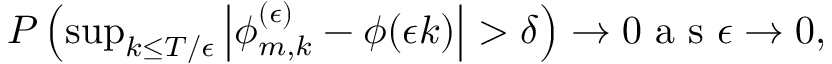
\begin{array} { r } { P \left( \operatorname* { s u p } _ { k \le T / \epsilon } \left| \phi _ { m , k } ^ { ( \epsilon ) } - \phi ( \epsilon k ) \right| > \delta \right) \to 0 \mathrm { ~ a ~ s ~ } \epsilon \to 0 , } \end{array}